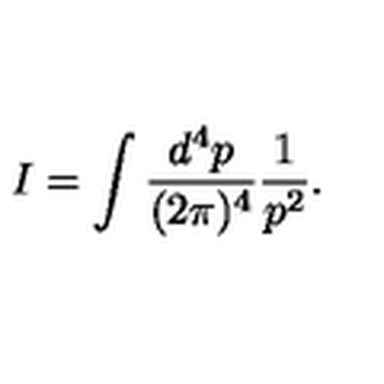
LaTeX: I = \int \frac { d ^ { 4 } p } { ( 2 \pi ) ^ { 4 } } \frac { 1 } { p ^ { 2 } } .